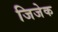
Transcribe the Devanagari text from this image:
जिजेक